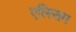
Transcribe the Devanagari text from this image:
एलिसम